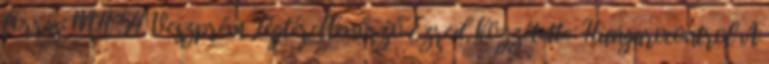
forrás: MH 54. Veszprém Légtérellenőrző Ezred, közzétette: Hungarocontrol A